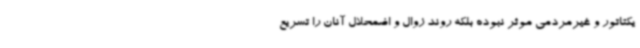
یکتاتور و غیرمردمی موثر نبوده بلکه روند زوال و اضمحلال آنان را تسریع